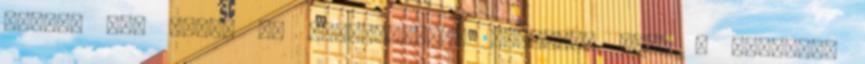
volna. Még ennél is nevezetesebb feladata volt a stélának